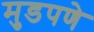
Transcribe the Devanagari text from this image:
मुडपणे